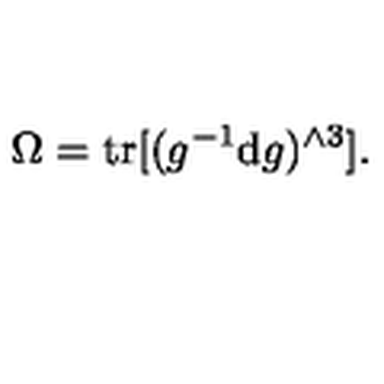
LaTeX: \Omega = \mathrm { t r } [ ( g ^ { - 1 } \mathrm { d } g ) ^ { \wedge 3 } ] .